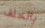
بالخلف